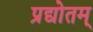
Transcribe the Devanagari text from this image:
प्रद्योतम्